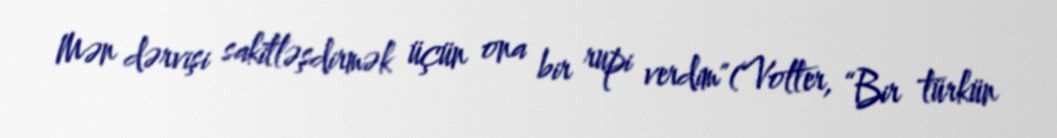
Mən dərvişi sakitləşdirmək üçün ona bir rupi verdim"(Volter, “Bir türkün